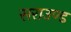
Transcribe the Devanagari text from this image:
सराउण्ड